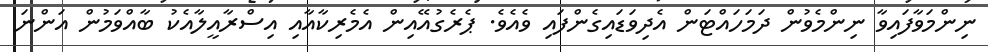
ނިންމަވާފައިވާ ނިންމެވުން ދަމަހައްޓަން އެދިވަޑައިގެންފައި ވެއެވެ. ޕެރެގުއޭއިން އެމެރިކާއާއި އިސްރާއީލާއެކު ބާއްވަމުން އަންނަ